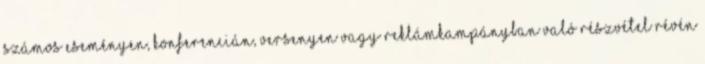
számos eseményen, konferencián, versenyen vagy reklámkampányban való részvétel révén